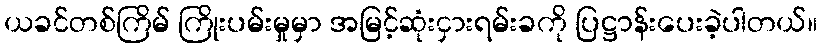
ယခင်တစ်ကြိမ် ကြိုးပမ်းမှုမှာ အမြင့်ဆုံးငှားရမ်းခကို ပြဋ္ဌာန်းပေးခဲ့ပါတယ်။